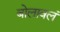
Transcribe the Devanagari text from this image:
बोलावलं